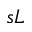
s L